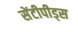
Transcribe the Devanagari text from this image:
सेंटीपीड्स